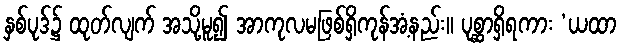
နှစ်ပုဒ်၌ ထုတ်လျက် အသို့မူ၍ အာကုလမဖြစ်ရှိကုန်အံ့နည်း။ ပုစ္ဆာရှိရကား ‘ယထာ